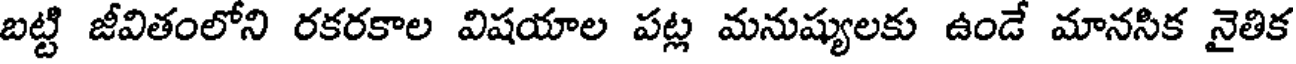
బట్టి జీవితంలోని రకరకాల విషయాల పట్ల మనుష్యులకు ఉండే మానసిక నైతిక